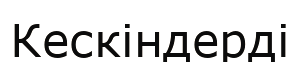
Кескіндерді